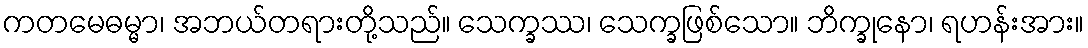
ကတမေဓမ္မာ၊ အဘယ်တရားတို့သည်။ သေက္ခဿ၊ သေက္ခဖြစ်သော။ ဘိက္ခုနော၊ ရဟန်းအား။